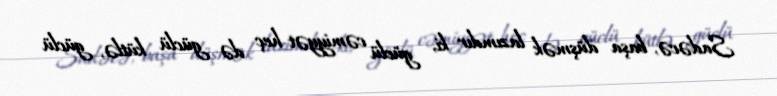
Sadəcə, başa düşmək lazımdır ki, güclü cəmiyyət heç də güclü kütlə, güclü